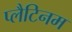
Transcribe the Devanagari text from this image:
प्लैटिनम